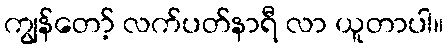
ကျွန်တော့် လက်ပတ်နာရီ လာ ယူတာပါ။